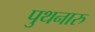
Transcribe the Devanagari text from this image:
पुथनारु